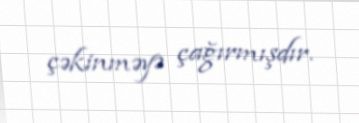
çəkinməyə çağırmışdır.